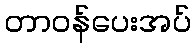
တာဝန်ပေးအပ်